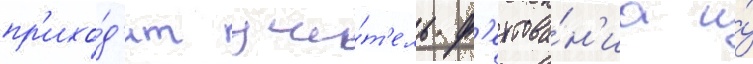
пр'ихо́д'ит учи́т'ель ф'ехтова́н'иа и́